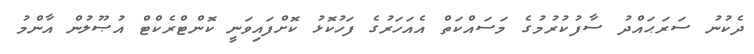
ދެކުނު ސަރަޙައްދު ސާފުކުރުމުގެ މަސައްކަތް އެއަހަރުގެ ފަހުކޮޅު ކޮށްފައިވަނީ ކޮންޓްރެކްޓް އުޞޫލުން އާންމު